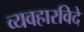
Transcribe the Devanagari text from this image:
व्यवहारविदे